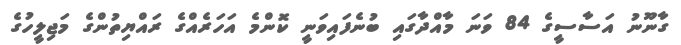
ގާނޫނު އަސާސީގެ 84 ވަނަ މާއްދާގައި ބުނެފައިވަނީ ކޮންމެ އަހަރެއްގެ ރައްޔިތުންގެ މަޖިލީހުގެ